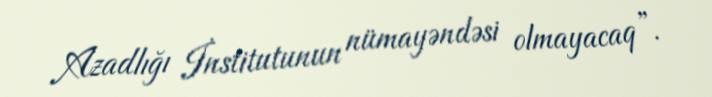
Azadlığı İnstitutunun nümayəndəsi olmayacaq”.